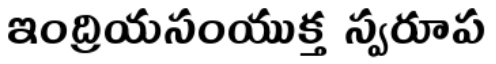
ఇంద్రియసంయుక్త స్వరూప